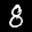
Label: 8